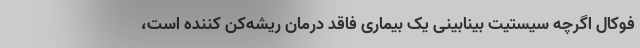
فوکال اگرچه سیستیت بینابینی یک بیماری فاقد درمان ریشه‌کن کننده است،